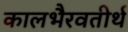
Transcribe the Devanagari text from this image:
कालभैरवतीर्थ